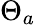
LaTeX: \Theta_{a}